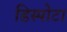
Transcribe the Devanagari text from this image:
डिस्पोटा